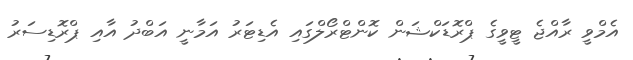
އެމްވީ ރާއްޖެ ޓީވީގެ ޕްރޮޑަކްޝަން ކޮންޓްރޯލްގައި އެޑިޓަރު އަމާނީ އަބްދު އާއި ޕްރޮޑިސަރު